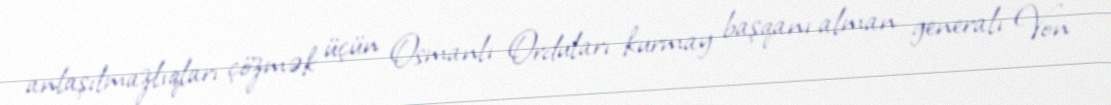
anlaşılmazlıqları çözmək üçün Osmanlı Orduları kurmay başqanı alman generalı Von